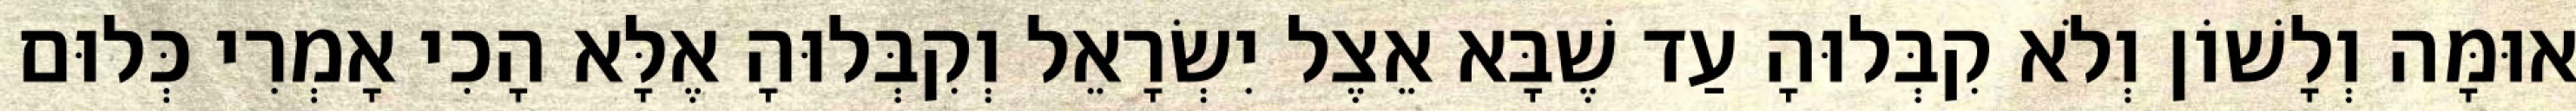
אוּמָּה וְלָשׁוֹן וְלֹא קִבְּלוּהָ עַד שֶׁבָּא אֵצֶל יִשְׂרָאֵל וְקִבְּלוּהָ אֶלָּא הָכִי אָמְרִי כְּלוּם